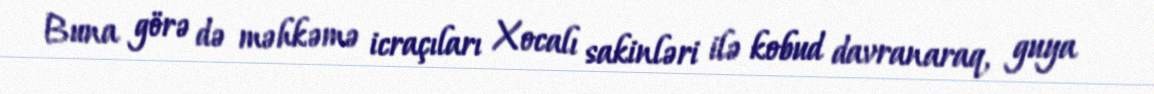
Buna görə də məhkəmə icraçıları Xocalı sakinləri ilə kobud davranaraq, guya